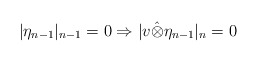
\begin{align*}|\eta_{n-1}|_{n-1}=0\Rightarrow |v\hat\otimes \eta_{n-1}|_n=0\end{align*}